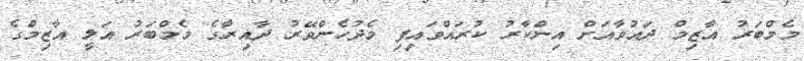
މެމްބަރު އާޒިމް ދައުވާއަށް އިންކާރު ކުރައްވައިފި މެދުހެންވޭރު ދާއިރާގެ މެމްބަރު އަލީ އާޒިމްގެ